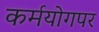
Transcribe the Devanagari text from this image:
कर्मयोगपर